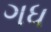
ગધ